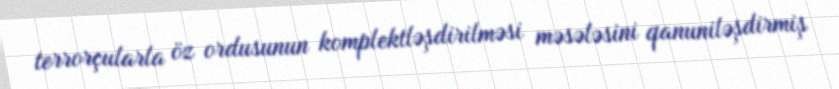
terrorçularla öz ordusunun komplektləşdirilməsi məsələsini qanuniləşdirmiş